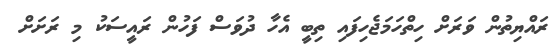
ރައްޔިތުން ވަރަށް ހިތްހަމަޖެހިފައި ތިބީ އެހާ ދުވަސް ފަހުން ރައީސަކު މި ރަށަށް